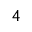
4